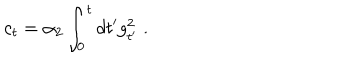
c _ { t } = \alpha _ { 2 } \int _ { 0 } ^ { t } d t ^ { \prime } g _ { t ^ { \prime } } ^ { 2 } \; .